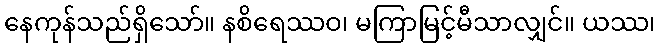
နေကုန်သည်ရှိသော်။ နစိရေဿဝ၊ မကြာမြင့်မီသာလျှင်။ ယဿ၊